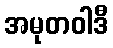
အမုတဝါဒီ